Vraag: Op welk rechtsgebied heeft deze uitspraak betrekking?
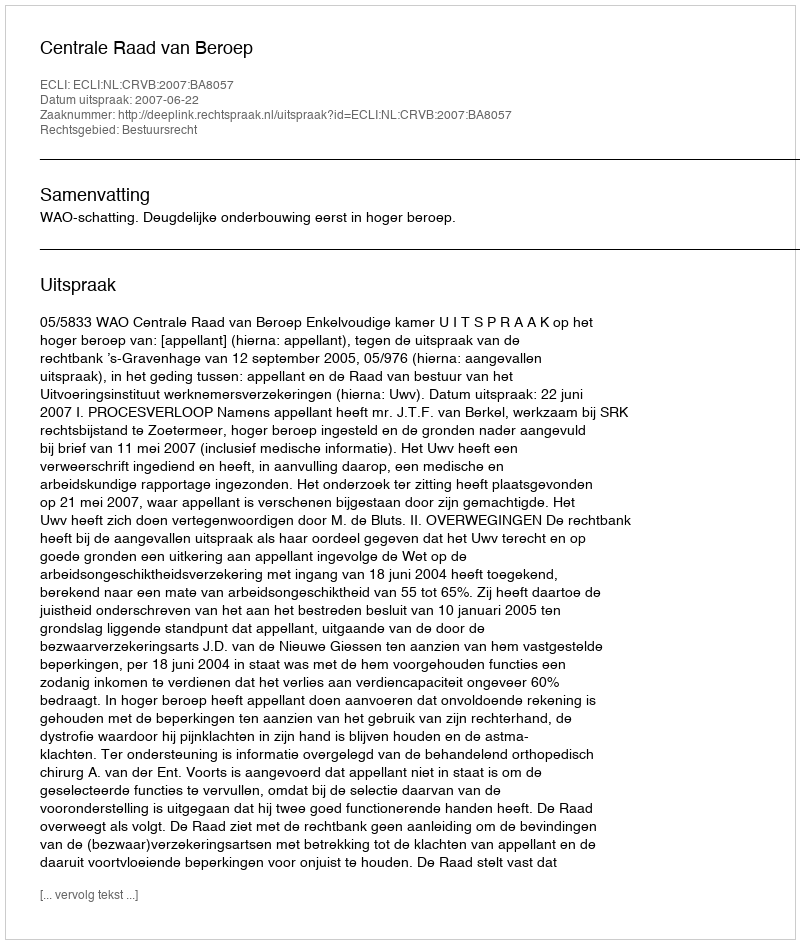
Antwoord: Bestuursrecht